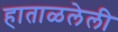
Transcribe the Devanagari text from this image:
हाताळलेली